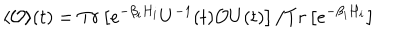
\langle { \cal { O } } \rangle ( t ) = T r \left[ e ^ { - \beta _ { i } H _ { i } } U ^ { - 1 } ( t ) { \cal { O } } U ( t ) \right] / T r \left[ e ^ { - \beta _ { i } H _ { i } } \right]